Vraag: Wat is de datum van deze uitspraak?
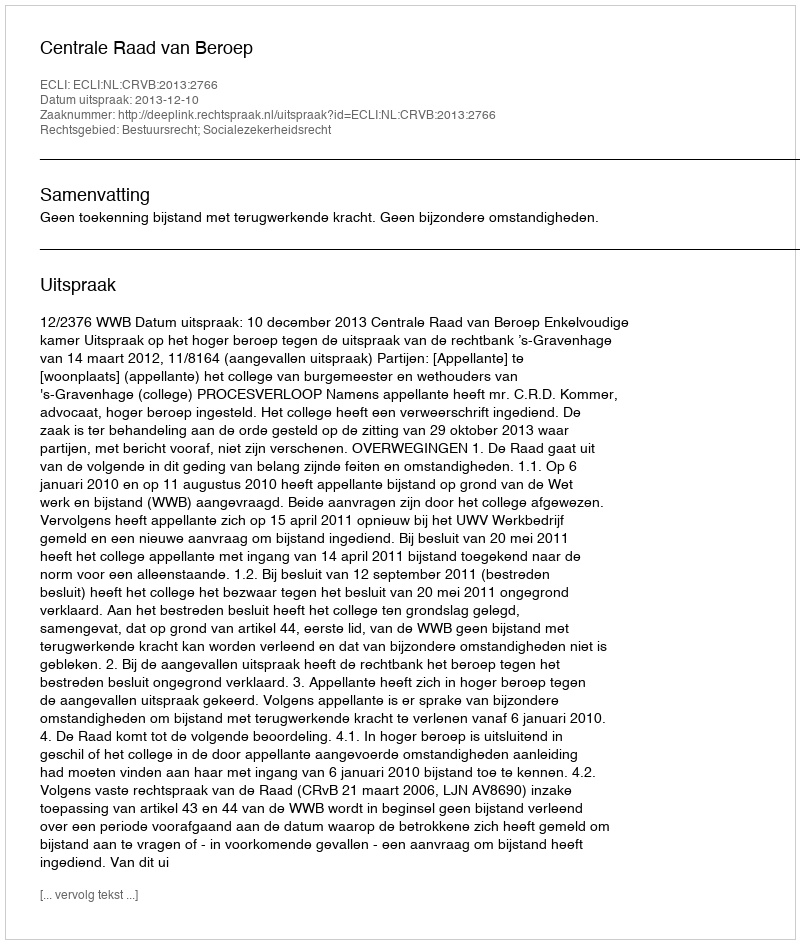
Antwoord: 2013-12-10